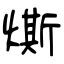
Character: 燍